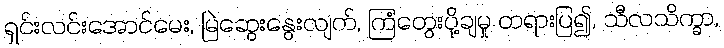
ရှင်းလင်းအောင်မေး, မြဲဆွေးနွေးလျက်, ကြံတွေးပို့ချမှု တရားပြ၍, သီလသိက္ခာ,